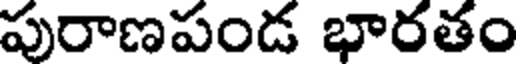
పురాణపండ భారతం